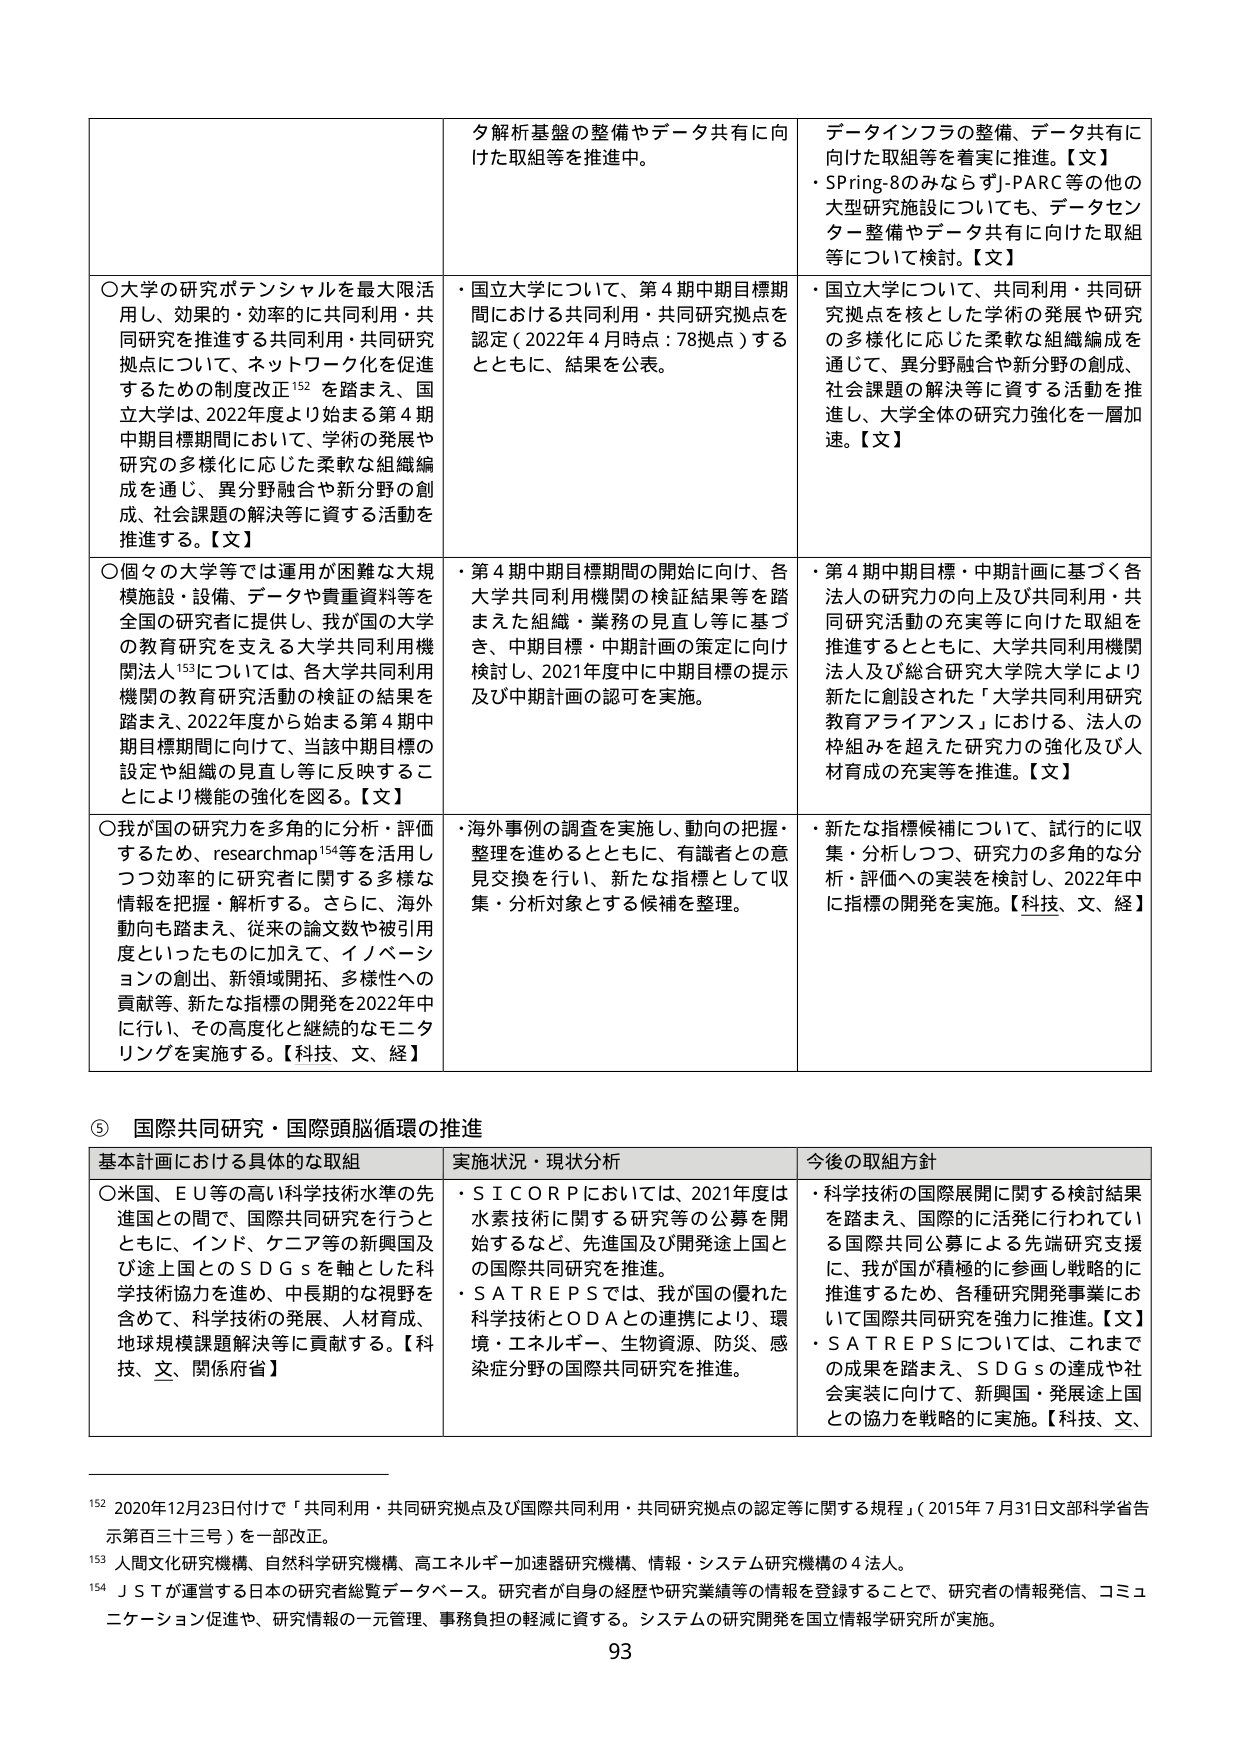
タ解析基盤の整備やデータ共有に向けた取組等を推進中。

○大学の研究ポテンシャルを最大限活用し、効果的・効率的に共同利用・共同研究を推進する共同利用・共同研究拠点について、ネットワーク化を促進するための制度改正¹⁵²を踏まえ、国立大学は、2022年度より始まる第4期中期目標期間において、学術の発展や研究の多様化に応じた柔軟な組織編成を通じ、異分野融合や新分野の創成、社会課題の解決等に資する活動を推進する。【文】

○個々の大学等では運用が困難な大規模施設・設備、データや貴重資料等を全国の研究者に提供し、我が国の大学の教育研究を支える大学共同利用機関法人¹⁵³については、各大学共同利用機関の教育研究活動の検証の結果を踏まえ、2022年度から始まる第4期中期目標期間に向けて、当該中期目標の設定や組織の見直し等に反映することにより機能の強化を図る。【文】

○我が国の研究力を多角的に分析・評価するため、researchmap¹⁵⁴等を活用しつつ効率的に研究者に関する多様な情報を把握・解析する。さらに、海外動向も踏まえ、従来の論文数や被引用度といったものに加えて、イノベーションの創出、新領域開拓、多様性への貢献等、新たな指標の開発を2022年中に行い、その高度化と継続的なモニタリングを実施する。【科技、文、経】

・国立大学について、第4期中期目標期間における共同利用・共同研究拠点を認定（2022年4月時点：78拠点）するとともに、結果を公表。

・第4期中期目標期間の開始に向け、各大学共同利用機関の検証結果等を踏まえた組織・業務の見直し等に基づき、中期目標・中期計画の策定に向け検討し、2021年度中に中期目標の提示及び中期計画の認可を実施。

・海外事例の調査を実施し、動向の把握・整理を進めるとともに、有識者との意見交換を行い、新たな指標として収集・分析対象とする候補を整理。

データインフラの整備、データ共有に向けた取組等を着実に推進。【文】
・Spring-8のみならずJ-PARC等の他の大型研究施設についても、データセンター整備やデータ共有に向けた取組等について検討。【文】

・国立大学について、共同利用・共同研究拠点を核とした学術の発展や研究の多様化に応じた柔軟な組織編成を通じて、異分野融合や新分野の創成、社会課題の解決等に資する活動を推進し、大学全体の研究力強化を一層加速。【文】

・第4期中期目標・中期計画に基づく各法人の研究力の向上及び共同利用・共同研究活動の充実等に向けた取組を推進するとともに、大学共同利用機関法人及び総合研究大学院大学により新たに創設された「大学共同利用研究教育アライアンス」における、法人の枠組みを超えた研究力の強化及び人材育成の充実等を推進。【文】

・新たな指標候補について、試行的に収集・分析しつつ、研究力の多角的な分析・評価への実装を検討し、2022年中に指標の開発を実施。【科技、文、経】

⑤ 国際共同研究・国際頭脳循環の推進

基本計画における具体的な取組
○米国、ＥＵ等の高い科学技術水準の先進国との間で、国際共同研究を行うとともに、インド、ケニア等の新興国及び途上国とのＳＤＧｓを軸とした科学技術協力を進め、中長期的な視野を含めて、科学技術の発展、人材育成、地球規模課題解決等に貢献する。【科技、文、関係府省】

実施状況・現状分析
・ＳＩＣＯＲＰにおいては、2021年度は水素技術に関する研究等の公募を開始するなど、先進国及び開発途上国との国際共同研究を推進。
・ＳＡＴＲＥＰＳでは、我が国の優れた科学技術とＯＤＡとの連携により、環境・エネルギー、生物資源、防災、感染症分野の国際共同研究を推進。

今後の取組方針
・科学技術の国際展開に関する検討結果を踏まえ、国際的に活発に行われている国際共同公募による先端研究支援に、我が国が積極的に参画し戦略的に推進するため、各種研究開発事業において国際共同研究を強力に推進。【文】
・ＳＡＴＲＥＰＳについては、これまでの成果を踏まえ、ＳＤＧｓの達成や社会実装に向けて、新興国・発展途上国との協力を戦略的に実施。【科技、文、

¹⁵² 2020年12月23日付けで「共同利用・共同研究拠点及び国際共同利用・共同研究拠点の認定等に関する規程」（2015年7月31日文部科学省告示第百三十三号）を一部改正。
¹⁵³ 人間文化研究機構、自然科学研究機構、高エネルギー加速器研究機構、情報・システム研究機構の4法人。
¹⁵⁴ ＪＳＴが運営する日本の研究者総覧データベース。研究者が自身の経歴や研究業績等の情報を登録することで、研究者の情報発信、コミュニケーション促進や、研究情報の一元管理、事務負担の軽減に資する。システムの研究開発を国立情報学研究所が実施。

93